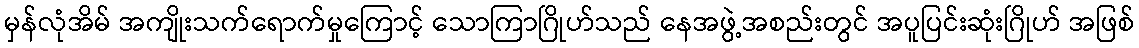
မှန်လုံအိမ် အကျိုးသက်ရောက်မှုကြောင့် သောကြာဂြိုဟ်သည် နေအဖွဲ့အစည်းတွင် အပူပြင်းဆုံးဂြိုဟ် အဖြစ်